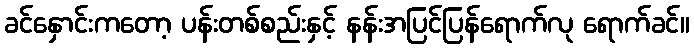
ခင်နှောင်းကတော့ ပန်းတစ်စည်းနှင့် နန်းအပြင်ပြန်ရောက်လု ရောက်ခင်။